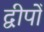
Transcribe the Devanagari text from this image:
द्वीपोँ